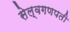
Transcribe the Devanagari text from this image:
सेल्वगणपती